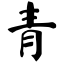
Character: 青